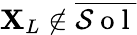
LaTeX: \mathbf{X}_{L}\notin\overline{{\mathcal{S}\mathrm{~o~l~}}}